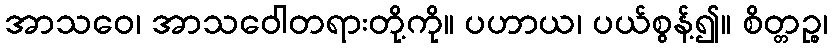
အာသဝေ၊ အာသဝေါတရားတို့ကို။ ပဟာယ၊ ပယ်စွန့်၍။ စိတ္တဉ္စ၊